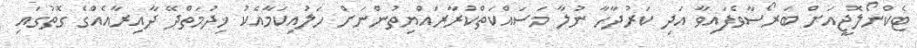
ޓެކްނޯލޮޖީއަށް ބަރޯސާވެފައިވާ އަދި ކަރުދާހާ ނުލާ މަސައްކަތްކުރާރައްޔިތުންނަށް ހަލުއިކަމާއެކު ޚިދުމަތްދޭ ދާއިރާއެއްގެ ގޮތުގައި